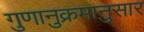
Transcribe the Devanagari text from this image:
गुणानुक्रमानुसार